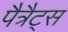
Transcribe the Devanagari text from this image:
पैत्रैट्स